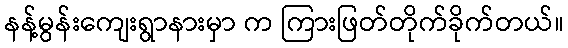
နန့်မွန်းကျေးရွာနားမှာ က ကြားဖြတ်တိုက်ခိုက်တယ်။